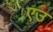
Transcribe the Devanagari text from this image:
एउ